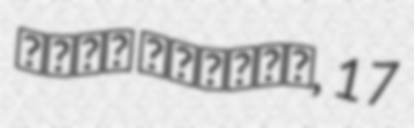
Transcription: عباس انصاری, 17